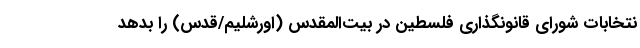
نتخابات شورای قانونگذاری فلسطین در بیت‌المقدس (اورشلیم/قدس) را بدهد